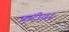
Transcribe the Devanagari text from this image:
फ्रंटीयर